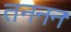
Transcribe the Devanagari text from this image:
तननन